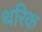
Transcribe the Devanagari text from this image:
थरिक